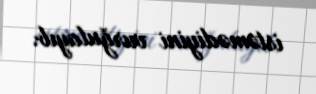
istəmədiyini vurğulayıb.